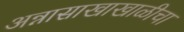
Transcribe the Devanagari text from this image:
अन्नासाखाखाळीचा